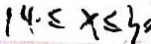
1 4 \leq x \leq 3